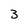
Character: 3